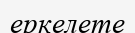
еркелете